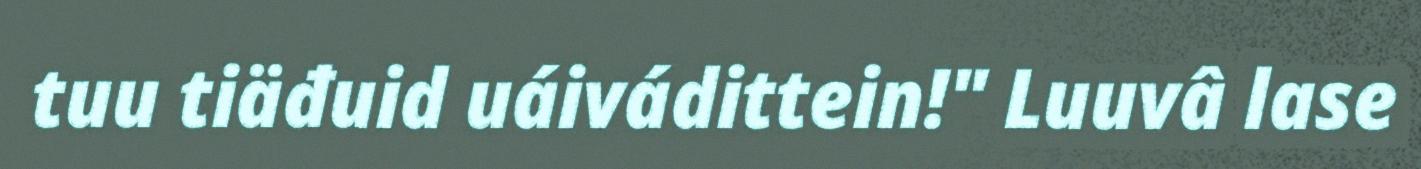
tuu tiäđuid uáivádittein!" Luuvâ lase